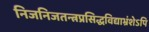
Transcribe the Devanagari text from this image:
निजनिजतन्त्रप्रसिद्धविद्याभ्रंशेऽपि